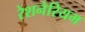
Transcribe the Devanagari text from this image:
रेशनेरियम